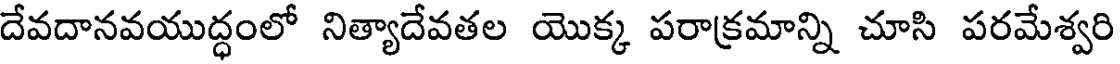
దేవదానవయుద్ధంలో నిత్యాదేవతల యొక్క పరాక్రమాన్ని చూసి పరమేశ్వరి